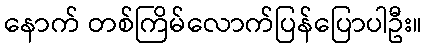
နောက် တစ်ကြိမ်လောက်ပြန်ပြောပါဦး။